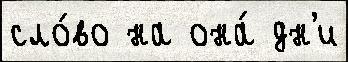
сло́во на она́ дн'и